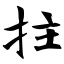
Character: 拄